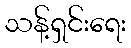
သန့်ရှင်းရေး